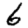
Digit: 6